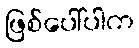
ဖြစ်ပေါ်ပါက